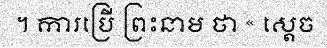
។ ការប្រើ ព្រះនាម ថា « ស្តេច